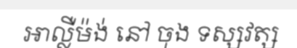
អាល្លឺម៉ង់ នៅ ចុង ទស្សវត្ស